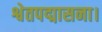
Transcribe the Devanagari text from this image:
श्वेतपद्मासना।